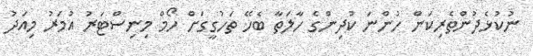
ނުކުޅެދުންތެރިކަން ހުންނަ ކުދިންގެ ހާލަތާ ބެހޭ ތަހުގީގަށް ހޯމް މިނިސްޓަރު އުމަރު މިއަދު